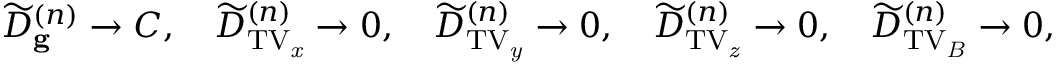
\widetilde { D } _ { \mathbf { g } } ^ { ( n ) } \rightarrow C , \, \, \, \, \, \, \widetilde { D } _ { \mathrm { T V _ { \it x } } } ^ { ( n ) } \rightarrow 0 , \, \, \, \, \, \, \widetilde { D } _ { \mathrm { T V _ { \it y } } } ^ { ( n ) } \rightarrow 0 , \, \, \, \, \, \, \widetilde { D } _ { \mathrm { T V _ { \it z } } } ^ { ( n ) } \rightarrow 0 , \, \, \, \, \, \, \widetilde { D } _ { \mathrm { T V _ { \it B } } } ^ { ( n ) } \rightarrow 0 ,